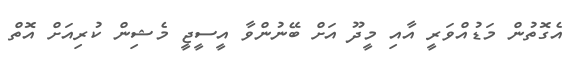
އެގޮތުން މަޑުއްވަރީ އާއި މީދޫ އަށް ބޭނުންވާ އީސީޖީ މެޝިން ކުރިއަށް އޮތް